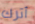
أترك